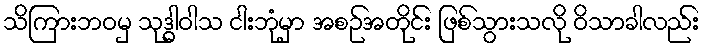
သိကြားဘဝမှ သုဒ္ဓါဝါသ ငါးဘုံမှာ အစဉ်အတိုင်း ဖြစ်သွားသလို ဝိသာခါလည်း